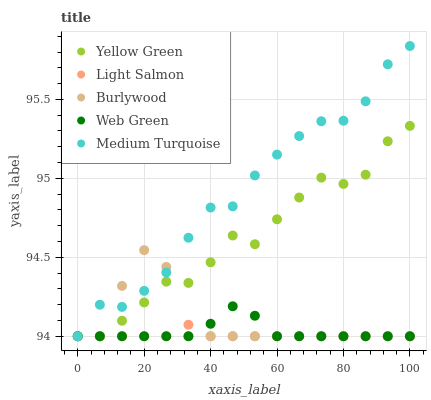
| xaxis_label | Yellow Green | Light Salmon | Burlywood | Web Green | Medium Turquoise |
 | --- | --- | --- | --- | --- | --- |
 | 0 | 94 | 94 | 94 | 94 | 94 |
 | 6.67 | 94 | 94 | 94 | 94 | 94.2 |
 | 13.3 | 94.1 | 94 | 94.3 | 94 | 94.2 |
 | 20 | 94.2 | 94 | 94.5 | 94 | 94.3 |
 | 26.7 | 94.3 | 94 | 94.4 | 94 | 94.4 |
 | 33.3 | 94.3 | 94.1 | 94 | 94 | 94.6 |
 | 40 | 94.5 | 94 | 94 | 94.1 | 94.8 |
 | 46.7 | 94.6 | 94 | 94 | 94.2 | 94.8 |
 | 53.3 | 94.6 | 94 | 94 | 94.1 | 95 |
 | 60 | 94.7 | 94 | 94 | 94 | 95.2 |
 | 66.7 | 94.9 | 94 | 94 | 94 | 95.3 |
 | 73.3 | 95 | 94 | 94 | 94 | 95.4 |
 | 80 | 95 | 94 | 94 | 94 | 95.4 |
 | 86.7 | 95 | 94 | 94 | 94 | 95.5 |
 | 93.3 | 95.2 | 94 | 94 | 94 | 95.7 |
 | 100 | 95.3 | 94 | 94 | 94 | 95.8 |